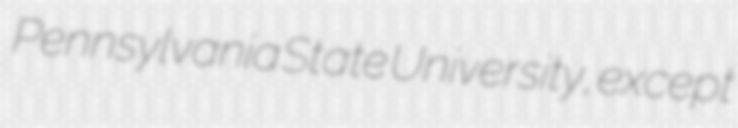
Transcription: Pennsylvania State University, except